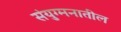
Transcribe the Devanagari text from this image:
संयुग्मनातील